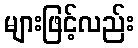
များဖြင့်လည်း